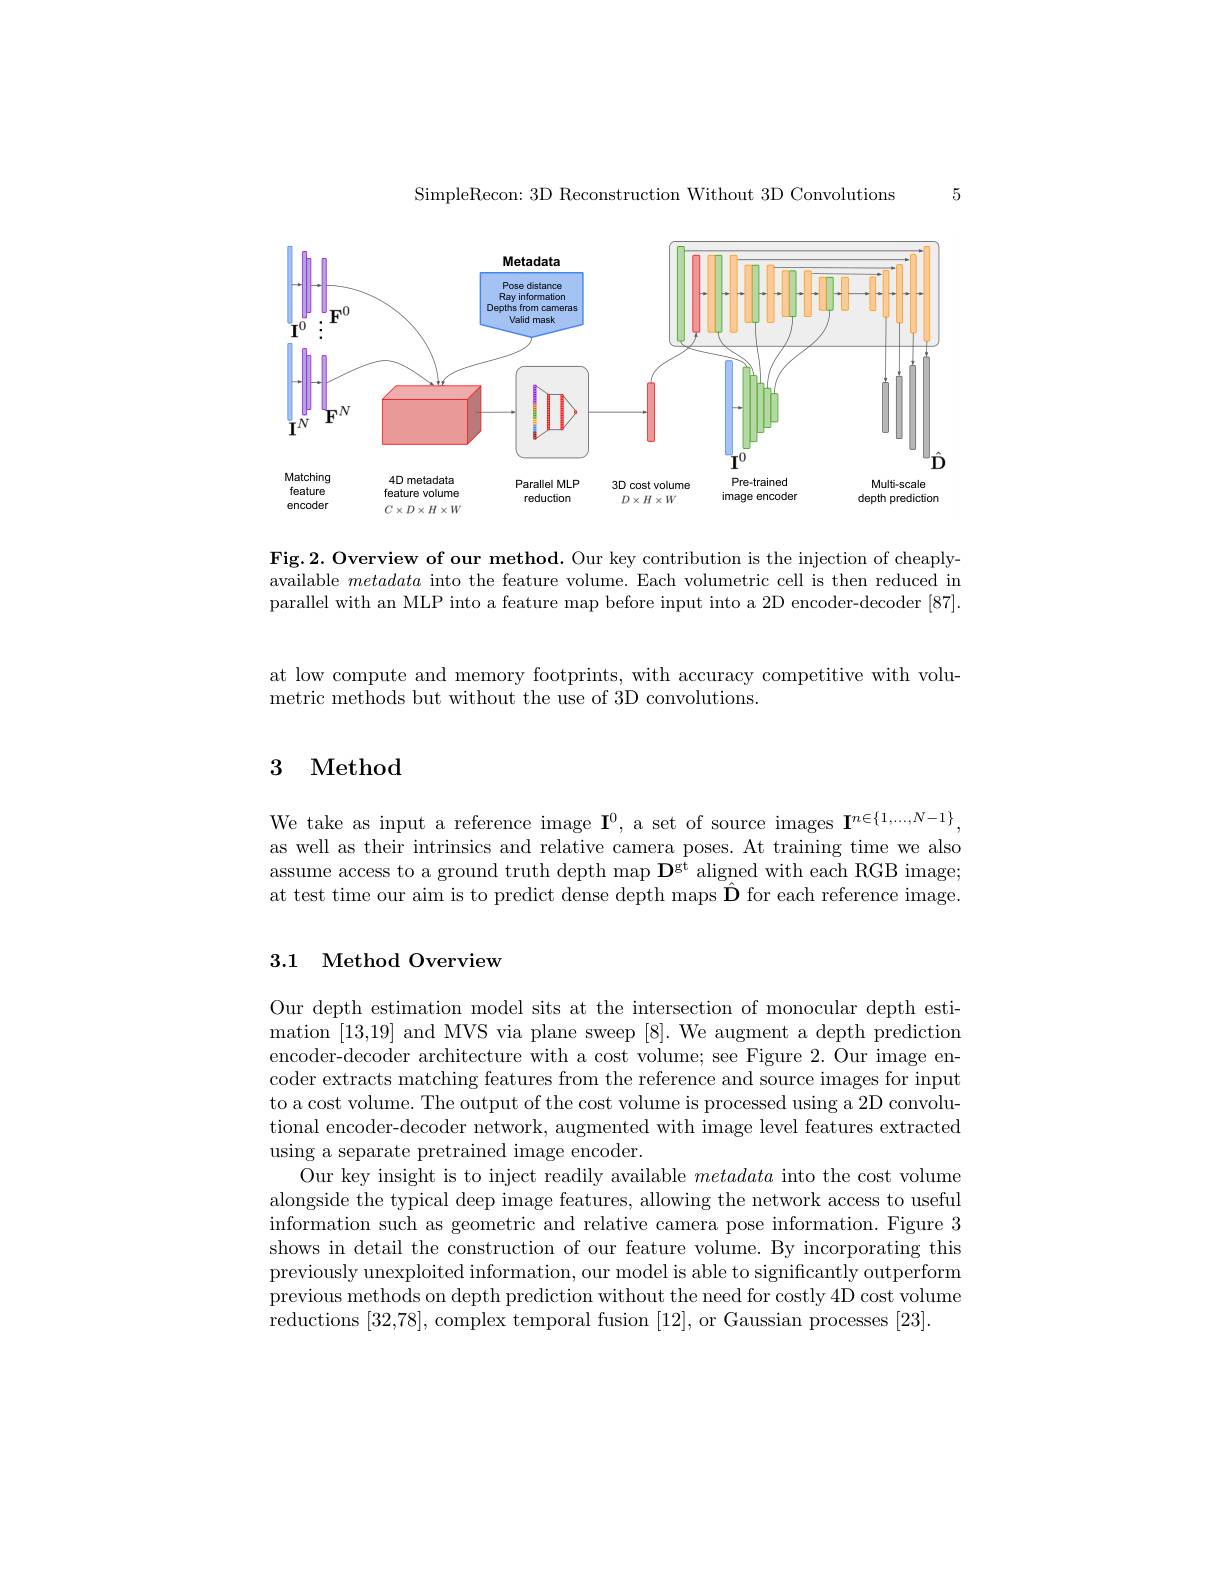
5

SimpleRecon: 3D Reconstruction Without 3D Convolutions

<FigureHere>

Fig.2. Overview of our method. Our key contribution is the injection of cheaplyavailable metadata into the feature volume. Each volumetric cell is then reduced in parallel with an MLP into a feature map before input into a 2D encoder-decoder [87].

at low compute and memory footprints, with accuracy competitive with volu-
metric methods but without the use of 3D convolutions.

# 3 Method

We take as input a reference image $\mathbf{I}^0$, a set of source images $\mathbf{I}^{n\in\{1,\ldots,N-1\}}$, as well as their intrinsics and relative camera poses. At training time we also assume access to a ground truth depth map $\mathbf{D}^\mathrm{gt}$ aligned with each RGB image; at test time our aim is to predict dense depth maps $\hat{\mathbf{D}}$ for each reference image.

## 3.1 Method Overview

Our depth estimation model sits at the intersection of monocular depth estimation [13,19] and MVS via plane sweep [8]. We augment a depth prediction encoder-decoder architecture with a cost volume; see Figure 2. Our image encoder extracts matching features from the reference and source images for input to a cost volume. The output of the cost volume is processed using a 2D convolutional encoder-decoder network, augmented with image level features extracted using a separate pretrained image encoder.
Our key insight is to inject readily available metadata into the cost volume alongside the typical deep image features, allowing the network access to useful information such as geometric and relative camera pose information. Figure 3 shows in detail the construction of our feature volume. By incorporating this previously unexploited information, our model is able to significantly outperform previous methods on depth prediction without the need for costly 4D cost volume reductions [32,78], complex temporal fusion [12], or Gaussian processes [23].